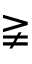
\gneqq